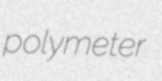
polymeter